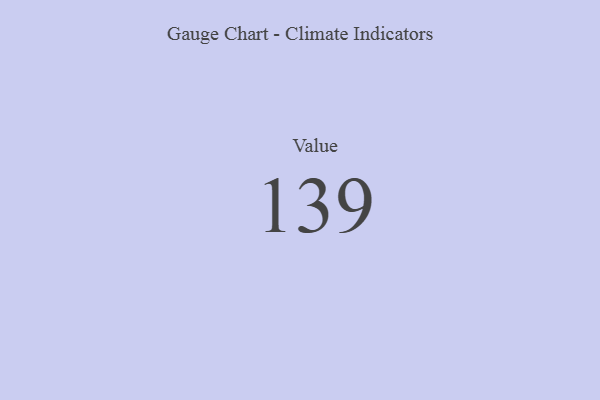
{"axis": {"x": "Metric", "y": "Value"}, "legend": [""], "data": [{"x": "Value", "y": 139, "type": ""}]}